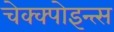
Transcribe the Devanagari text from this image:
चेक्क्पोइन्त्स